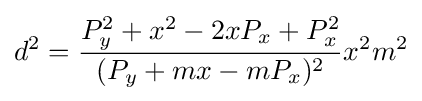
d^{2}={\frac {P_{y}^{2}+x^{2}-2xP_{x}+P_{x}^{2}}{(P_{y}+mx-mP_{x})^{2}}}x^{2}m^{2}